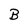
Character: B